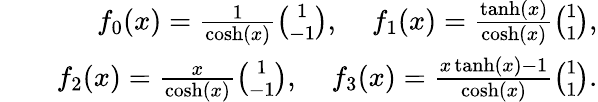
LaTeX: \begin{array}{rlr}&{}&{f_{0}(x)=\frac{1}{\cosh(x)}{\binom{1}{-1}},\; \; \; \; f_{1}(x)=\frac{\operatorname{tanh}(x)}{\cosh(x)}{\binom{1}{1}},}\\ &{}&{f_{2}(x)=\frac{x}{\cosh(x)}{\binom{1}{-1}},\; \; \; \; f_{3}(x)=\frac{x\operatorname{tanh}(x)-1}{\cosh(x)}{\binom{1}{1}}.}\end{array}